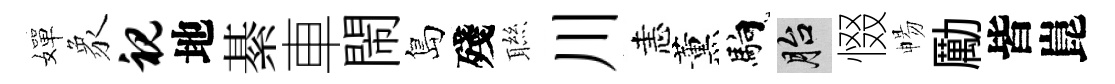
嬋象视地綦車閙島殘聮川恚薰馿胎惙暢勵皆崑